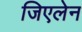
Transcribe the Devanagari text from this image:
जिएलेन